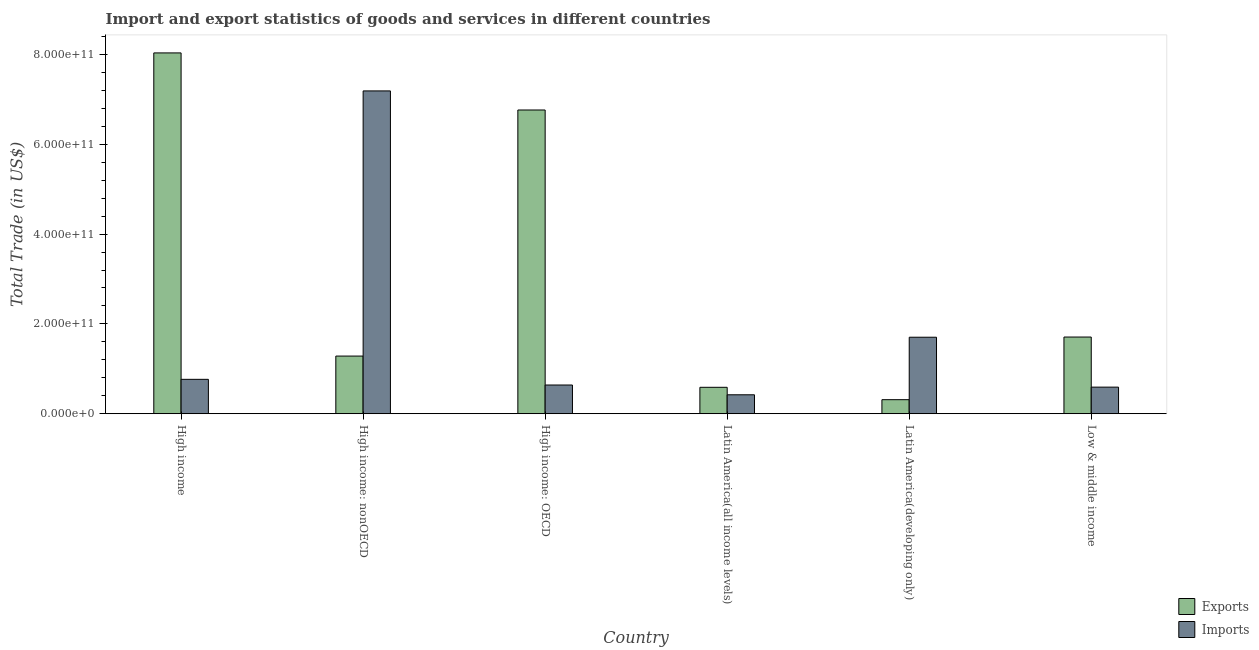
| Country | Exports | Imports |
 | --- | --- | --- |
 | High income | 8.03e+11 | 7.66e+10 |
 | High income: nonOECD | 1.28e+11 | 7.19e+11 |
 | High income: OECD | 6.76e+11 | 6.4e+10 |
 | Latin America(all income levels) | 5.89e+10 | 4.22e+10 |
 | Latin America(developing only) | 3.13e+10 | 1.7e+11 |
 | Low & middle income | 1.71e+11 | 5.92e+10 |